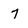
Character: 7